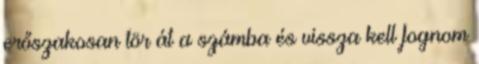
erőszakosan tör át a számba és vissza kell fognom